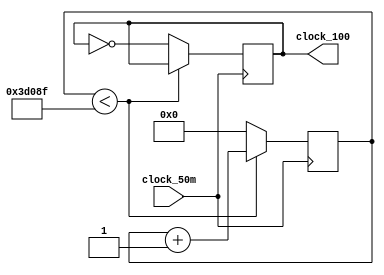
module freq_100hz (
	input			clock_50m,
	output reg	clock_100
);

	reg	[17:0]	divider_counter;
	
	initial begin
		divider_counter <= 18'd0;
		clock_100 <= 1'b0;
	end
	
	// 50M / 100 = 500,000
	// cut at 500,000 / 2 = 250,000 to achieve 50% duty cycle
	// since we start from 0, so the cut point is located at 249,999
	always @(posedge clock_50m) begin
		if (divider_counter < 18'd249999) begin
			divider_counter <= divider_counter + 18'd1;
		end
		else begin
			divider_counter <= 18'd0;
			clock_100 <= ~clock_100;
		end
	end	

endmodule